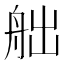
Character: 𦨥